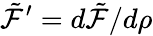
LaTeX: {\tilde{\cal F}^{\prime}}=d{\tilde{\cal F}}/d\rho